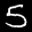
Label: 5